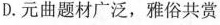
D.元曲题材广泛，雅俗共赏